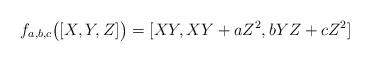
LaTeX: \begin{align*} f_{a,b,c}\bigl([X,Y,Z]\bigr)=[XY,XY+aZ^2,bYZ+cZ^2]\end{align*}